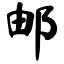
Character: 邮